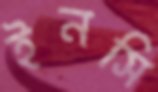
ইনসি